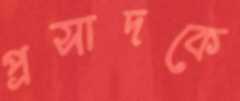
প্রসাদকে